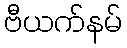
ဗီယက်နမ်